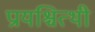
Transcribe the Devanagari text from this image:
प्रायश्चित्थी